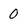
Character: 0